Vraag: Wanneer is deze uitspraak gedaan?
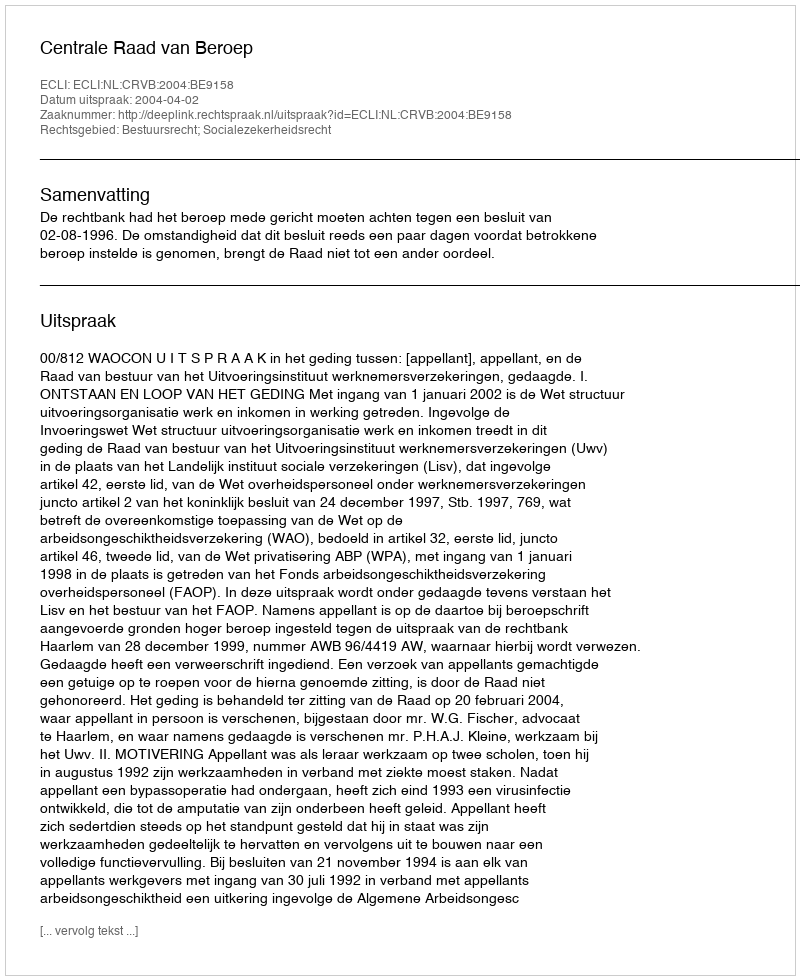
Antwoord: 2004-04-02